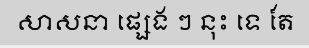
សាសនា ផ្សេង ៗ នុះ ទេ តែ